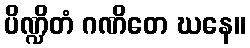
ပိဏ္ဍိတံ ဂဏိတေ ဃနေ။